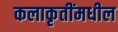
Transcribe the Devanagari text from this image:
कलाकृतींमधील